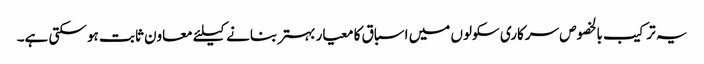
یہ ترکیب بالخصوص سرکاری سکولوں میں اسباق کا معیار بہتر بنانے کیلئے معاون ثابت ہو سکتی ہے۔